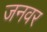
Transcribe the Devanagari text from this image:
जनवर